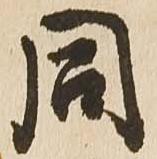
同